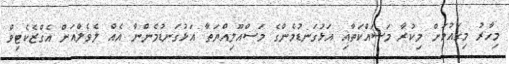
މިހާރު މިގައުމަށް މިކުރާ މަސައްކަތާއި އަޅުގަނޑުމެންގެ މަސްއޫލިއްޔަތާ އަޅުގަނޑުމެންނާ އެއް ލެވެލްއަށް އެގްޒެކެޓިވް